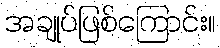
အချုပ်ဖြစ်ကြောင်း။